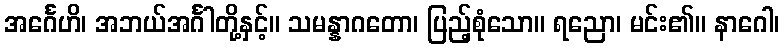
အင်္ဂေဟိ၊ အဘယ်အင်္ဂါတို့နှင့်။ သမန္နာဂတော၊ ပြည့်စုံသော။ ရညော၊ မင်း၏။ နာဂေါ၊